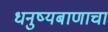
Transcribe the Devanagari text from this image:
धनुष्यबाणाचा